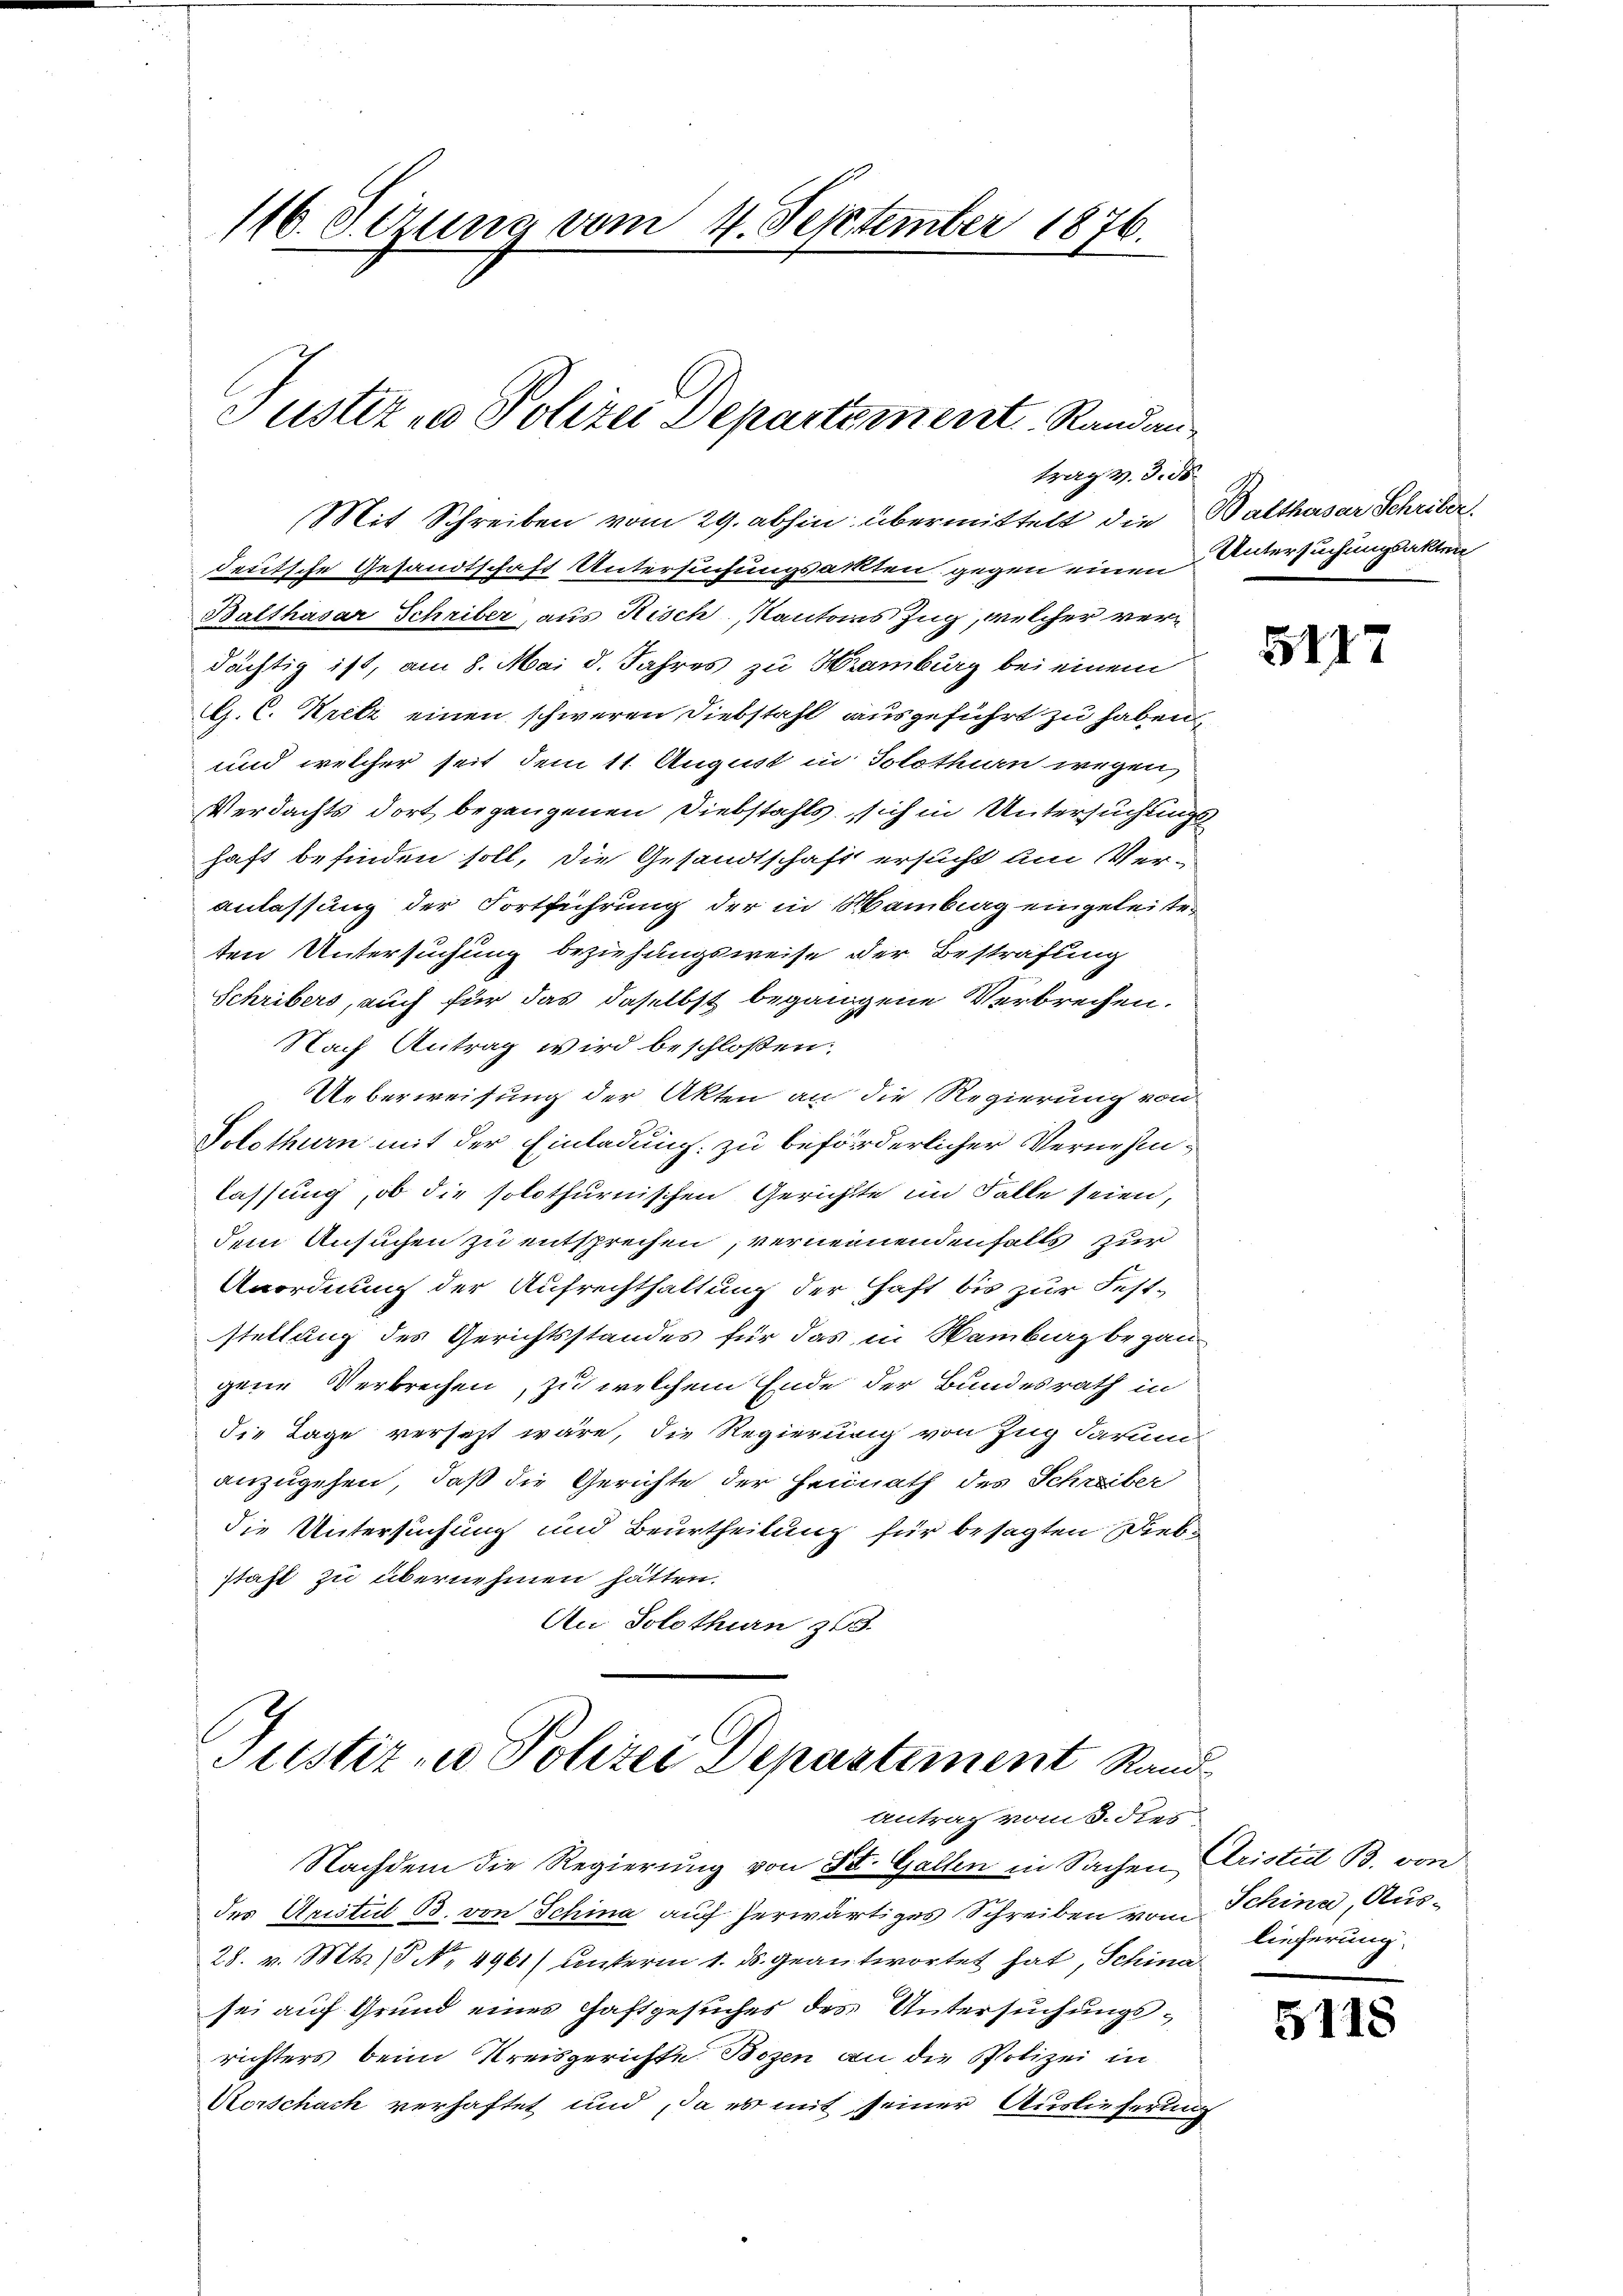
116. Sezung vom 4. September 1876.

Justiz zu Polizei Departement Randantrag v. 3. ds

Mit Schreiben vom 29. abhin übermittelt die Walthasar Schriber
deutsche Gesandtschaft Untersuchungsakten gegen einen
Balthasar Schriber, aus Risch Kantons Ing, welcher verdächtig ist, am 8. Mai d. Jahres zu Hamburg bei einem
G. C. Kretz einen schweren Diebstahl ausgeführt zu haben,
und welcher seit dem 11. August in Solothurn wegen
Verdachts dort begangenen Diebstahls sich in Untersuchungs
haft befinden soll, die Gesandtschaft ersucht um Veranlassung der Fortführung der in Mambag eingeleiteten Untersuchung beziehungsweise der Bestrafung
Schribers, auch für das daselbst begangene Verbrechen.
Nach Antrag wird beschloßen:
Ueberweisung der Akten an die Regierung von
Solothurn mit der Einladung zu beförderlicher Vernehm
lassung, ob die solothurnischen Gerichtte im Falle seien,
dem Ansuchen zu entsprechen, vernennendenfalls zur
Anordnung der Aufrechthaltung der Haft bis zur Fest-
stellung des Gerichtsstandes für das in Hamburg begau
gene Verbrechen, zu welchem Ende der Bundesrath in
die Tage versetzt wäre, die Regierung von Zug darum
anzugehen, daß die Gerichte der Heimath des Schreiber
die Untersuchung und Beurtheilung für besagten Diebstaft zu übernehmen hätten.
An Solothurn zu 3.

Justiz- u Polizei Depustement Rand¬
Antrag vom 8. dies

Nachdem die Regierung von St. Gallen in Sachen Aristid B. von
des Aristet B. von Schina auf herwärtiges Schreiben vom Schina, Aus¬
28. v. Mts., N. 4961) unterm 1. ds. geantwortet hat, Schina
sei auf Grund eines Haftgesuches des Untersuchungsrichters beim Kreisgerichte Bozen an die Polizei in
Vorschach verhaftet und da es mit seiner Auslieferung

Untersuchungsakten

5117

lieferung.

5118